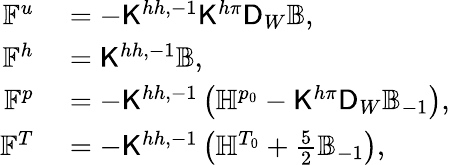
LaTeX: \begin{array}{rl}{\mathbb{F}^{u}}&{{}=-\mathsf{K}^{hh,-1}\mathsf{K}^{h\pi}\mathsf{D}_{W}\mathbb{B},}\\ {\mathbb{F}^{h}}&{{}=\mathsf{K}^{hh,-1}\mathbb{B},}\\ {\mathbb{F}^{p}}&{{}=-\mathsf{K}^{hh,-1}\left(\mathbb{H}^{p_{0}}-\mathsf{K}^{h\pi}\mathsf{D}_{W}\mathbb{B}_{-1}\right),}\\ {\mathbb{F}^{T}}&{{}=-\mathsf{K}^{hh,-1}\left(\mathbb{H}^{T_{0}}+\frac{5}{2}\mathbb{B}_{-1}\right),}\end{array}